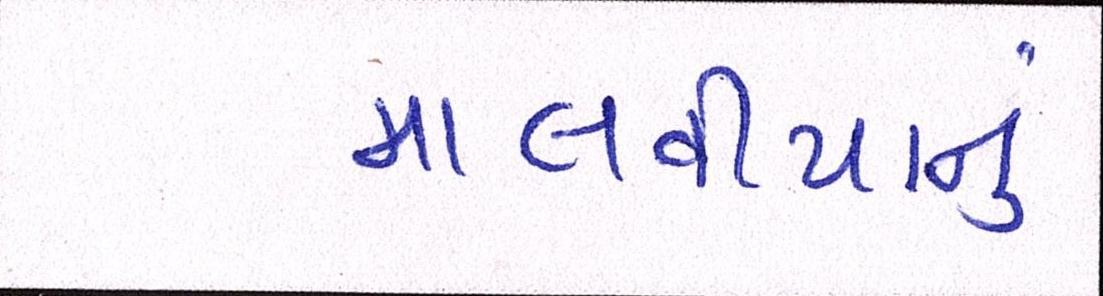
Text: માલવીયાનું